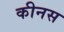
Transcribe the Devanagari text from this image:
कीनस